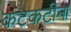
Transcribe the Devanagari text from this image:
कटकटीना